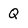
Character: Q